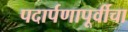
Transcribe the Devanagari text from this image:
पदार्पणापूर्वीचा